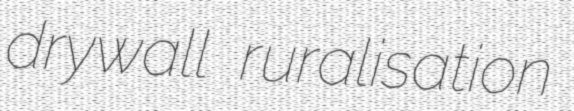
drywall ruralisation